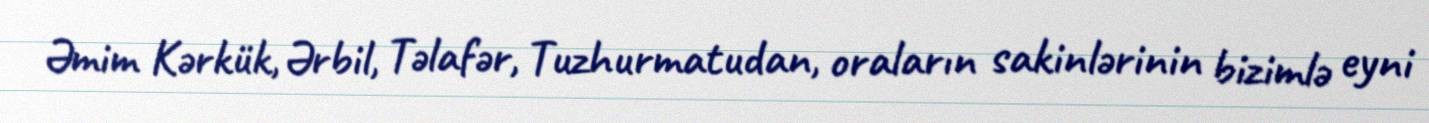
Əmim Kərkük, Ərbil, Təlafər, Tuzhurmatudan, oraların sakinlərinin bizimlə eyni